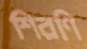
শিরণি